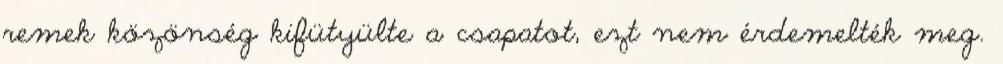
remek közönség kifütyülte a csapatot, ezt nem érdemelték meg.